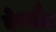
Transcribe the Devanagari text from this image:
वेबसैट